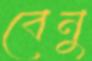
বেনু